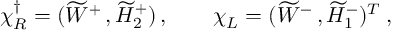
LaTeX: \chi _ { R } ^ { \dagger } = ( { \widetilde W ^ { + } } \, , { \widetilde { H } _ { 2 } ^ { + } } ) \, , \qquad \chi _ { L } = ( { \widetilde { W } ^ { - } } \, , { \widetilde { H } _ { 1 } ^ { - } } ) ^ { T } \: ,